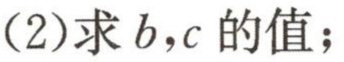
(2)求\(b,c\)的值；